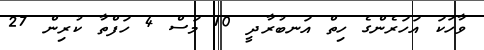
ވާހަކަ އަހަރެންގެ ހިތް އަނބުރާދީ 10 މަސް 4 ހަފްތާ ކުރިން 27